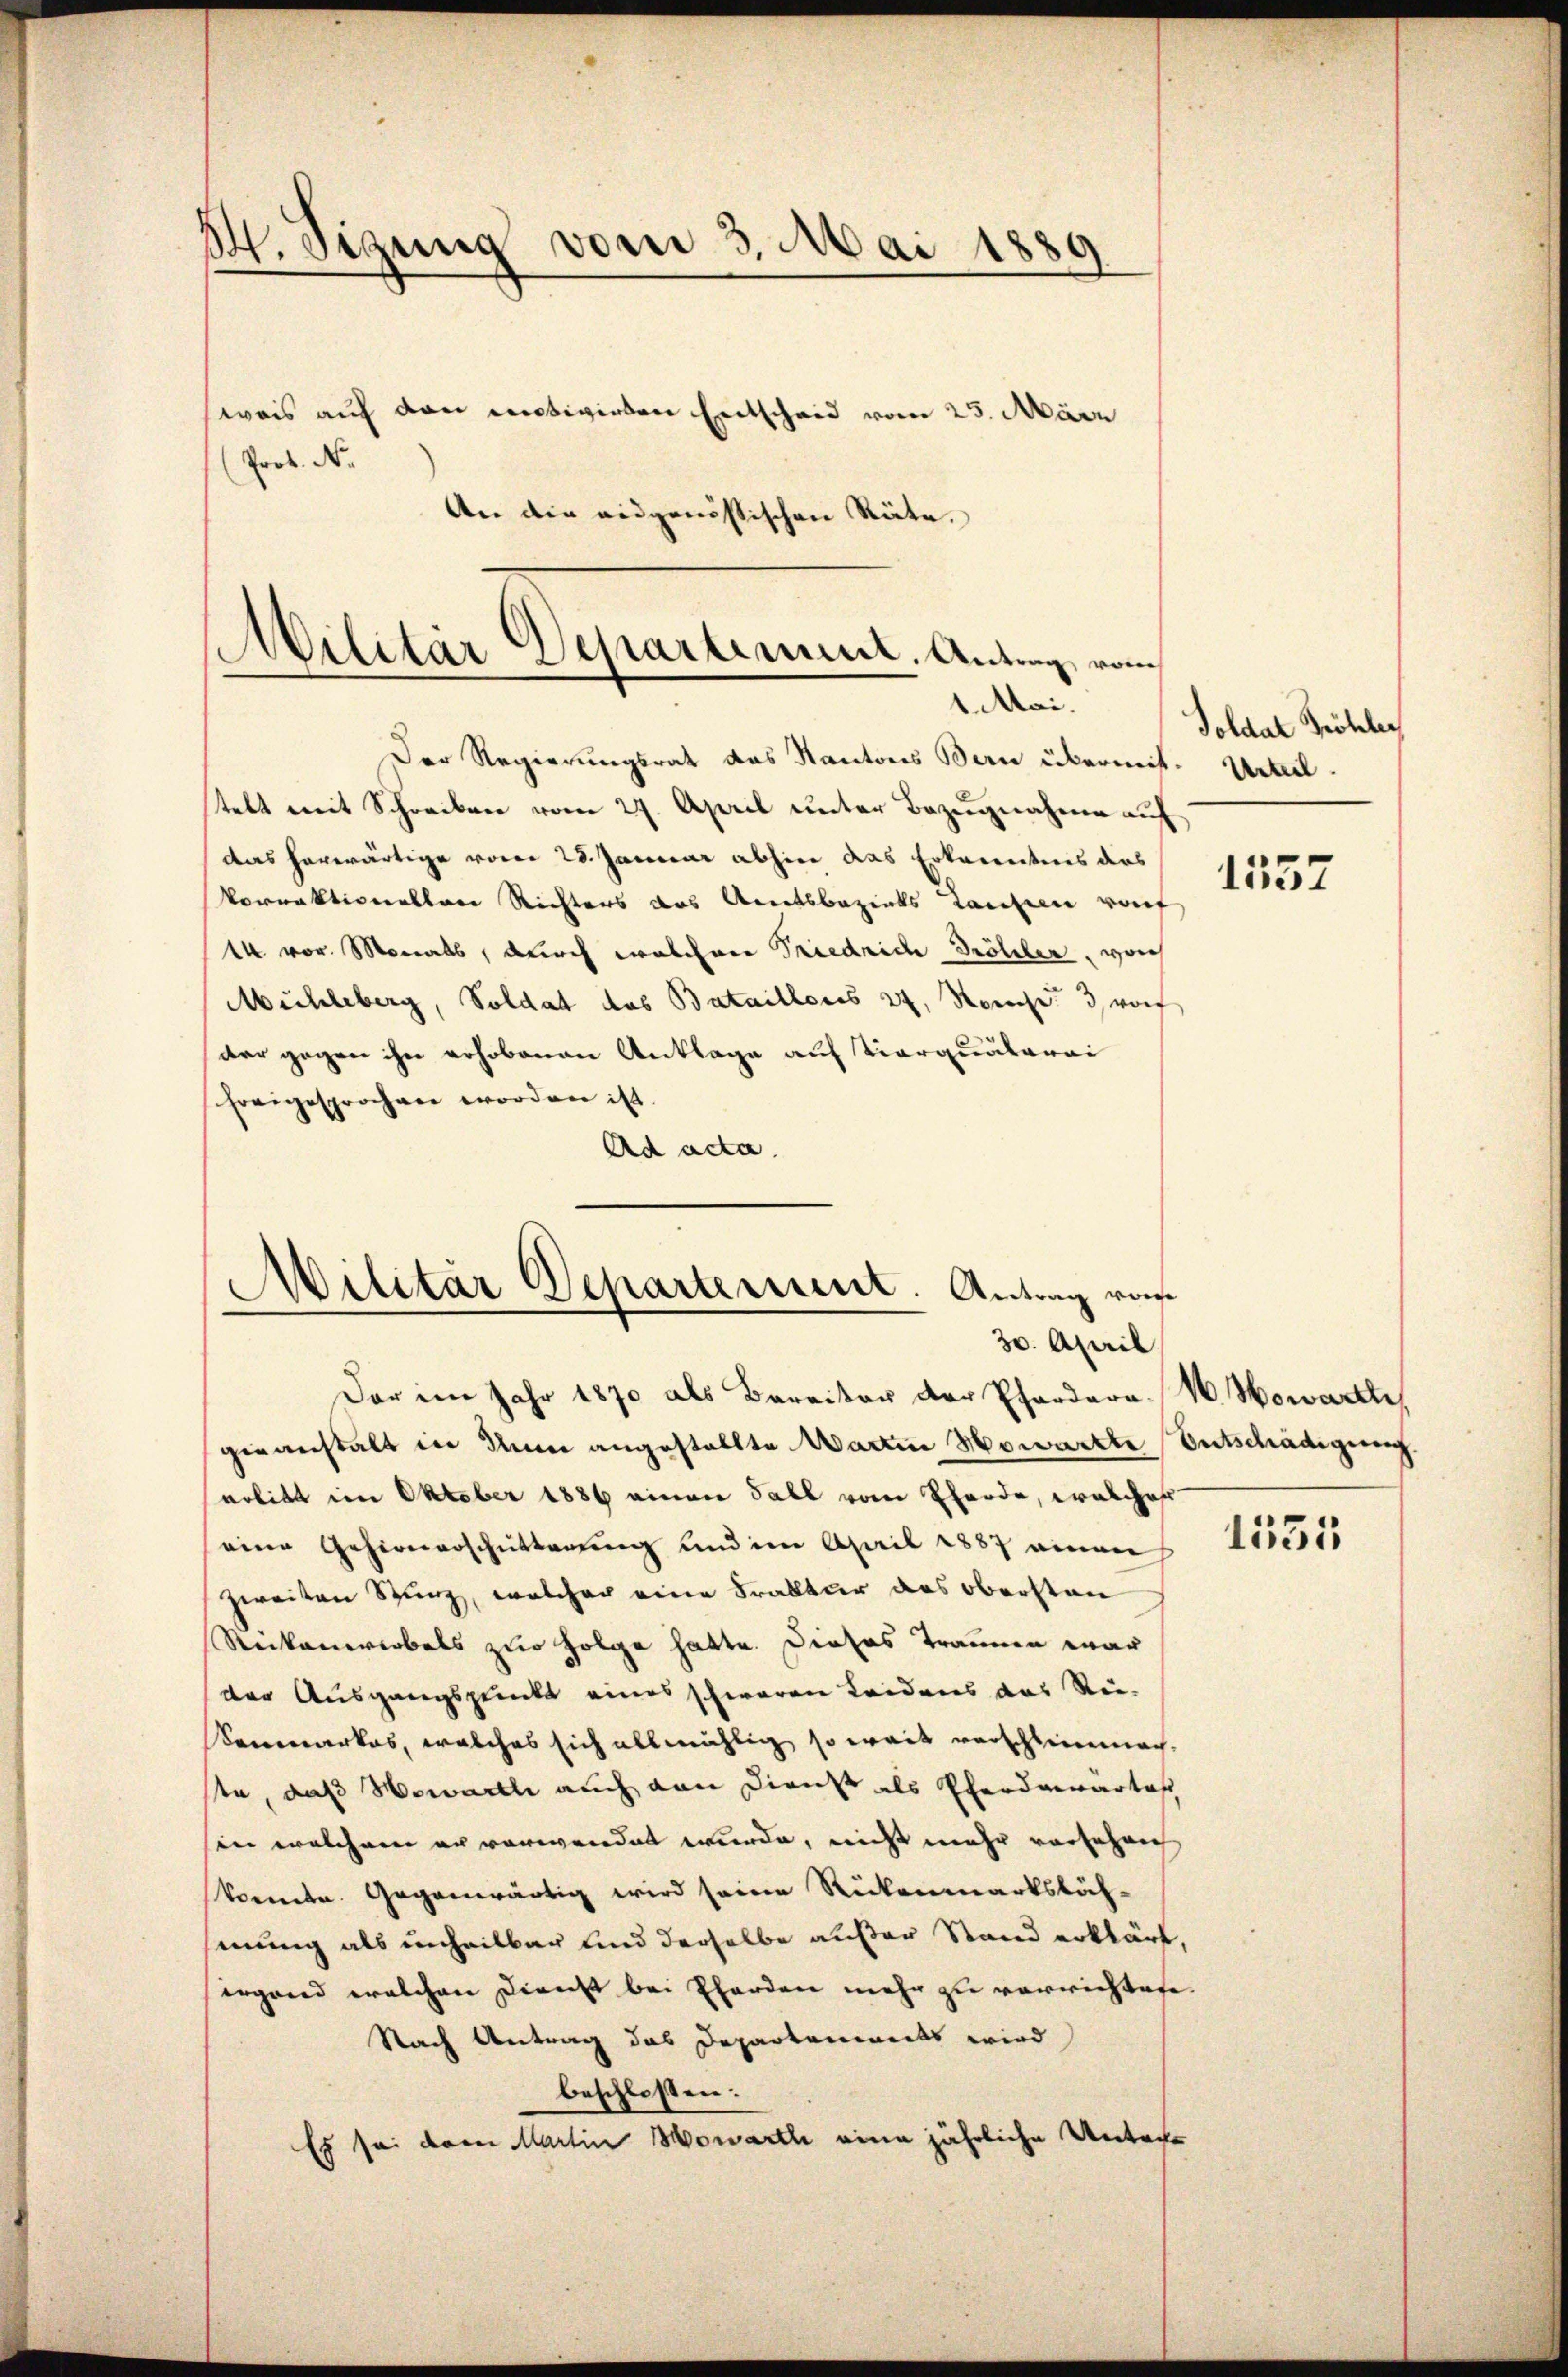
H. Sigung vom 3. Mai 1889
weis auf den entwirten Entscheid vom 25. März
Prof. N.

An die eidgenössischen Räte.

Militär Departement. Antrag, vom
1 Mai.

Der Regierungsrat das Kantons Bern übermit. Urteil
tekt mit Schreiben vom 27. April unter Bezugnahme auf
das herwärtige vom 25. Januar abhin das Erkanntnis das
Vorraktiverbare Richters das Amtsbezirks Laufen vorf
14 vor. Monats, durch welchere Friedrich Döhler, vorh
Mühleberg, Soldat das Bataillons 24. Seite 3, worf
der gegen ihn erhobenen Anklage auf Tierquaterai
freigesprochen worden ist.
Ad acta.

Militär Departement. Antrag von
30. April

Soldat Fröhler

Der im Jahr 1870 als Barritor der Pfordera. W. Howarthi
geeanstalt in Anna angestellte Marten Howarte Entschädigung.
erbitt im Oktober 1886 einen Fall vom Eherde, welcher
eine Gehirnerschütterung und im April 1887 einen
zweiten Stunz, welcher eine Frakter des Obersten
Reikanwerbels zur Folge hatte. Dieses Traumen war
der Ausgangspunkt eines schweren Leidenes das Re-
Konmarkas, welches sich allmählig so weit verschlimmen.
te, daß Wewarthe auch von Dienst als Pfandgewartes
in welchem er verwendet wurde, nicht mehr versehen
konnte. Gegenwärtig wird seine Rückenmarksbächmung als unheilbar und derselbe außer Stand erklärt,
ergand welchen Dienst bei Pferden mehr zu verrichtete.
Nach Antrag das Departenwerts wird
beschlossen:
Es sei dem Martin Sowarth eine jährliche Unter¬

1557

1531